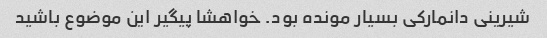
شیرینی دانمارکی بسیار مونده بود. خواهشا پیگیر این موضوع باشید